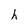
Character: h